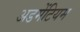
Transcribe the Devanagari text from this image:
अडमेंटियम